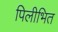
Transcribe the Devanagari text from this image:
पिलीभित